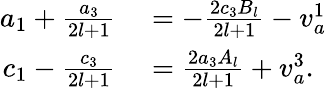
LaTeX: \begin{array}{rl}{a_{1}+\frac{a_{3}}{2l+1}}&{{}=-\frac{2c_{3}B_{l}}{2l+1}-v_{a}^{1}}\\ {c_{1}-\frac{c_{3}}{2l+1}}&{{}=\frac{2a_{3}A_{l}}{2l+1}+v_{a}^{3}.}\end{array}